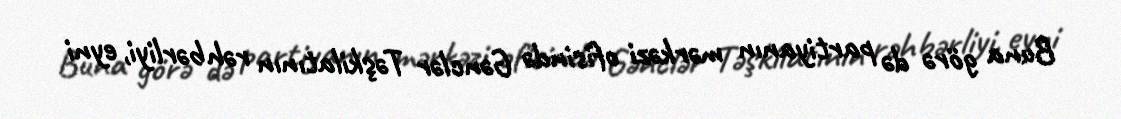
Buna görə də partiyanın mərkəzi ofisində Gənclər Təşkilatının rəhbərliyi, eyni